Liigvalla_vallavalitsus, lk 10
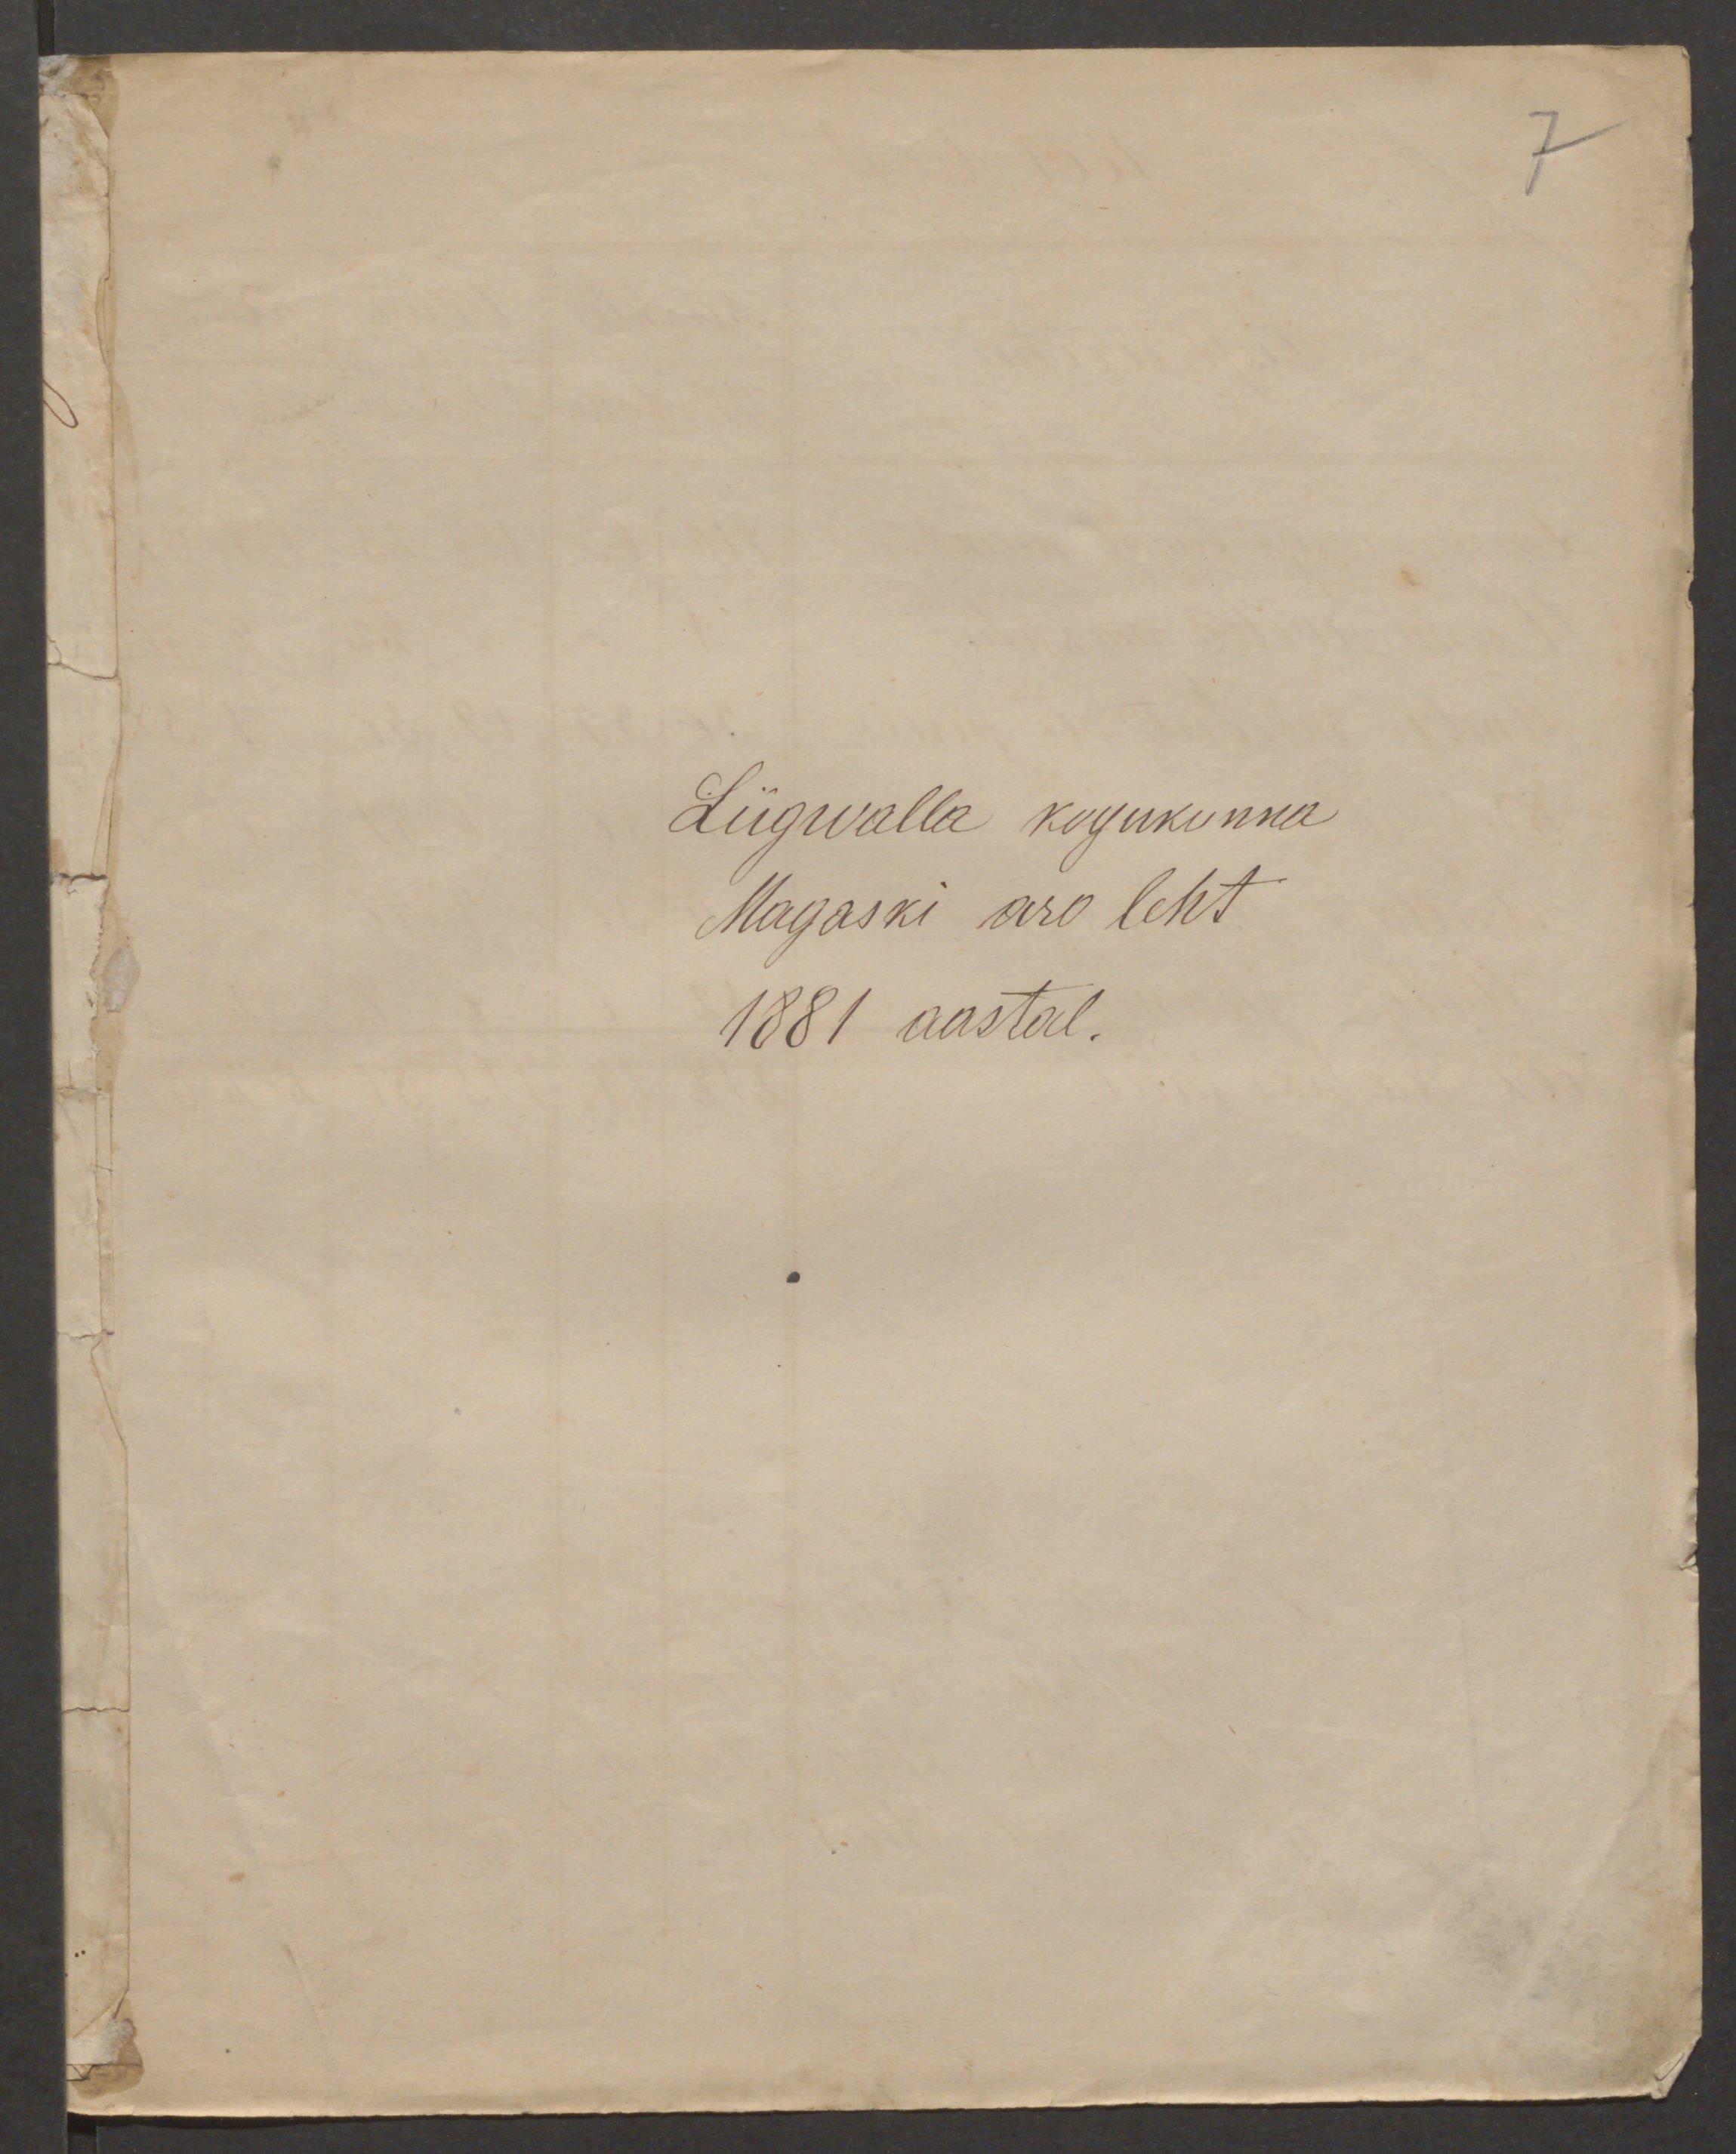
7

Liigwalla kogukonna
Magaski aro leht
1881 aastal.